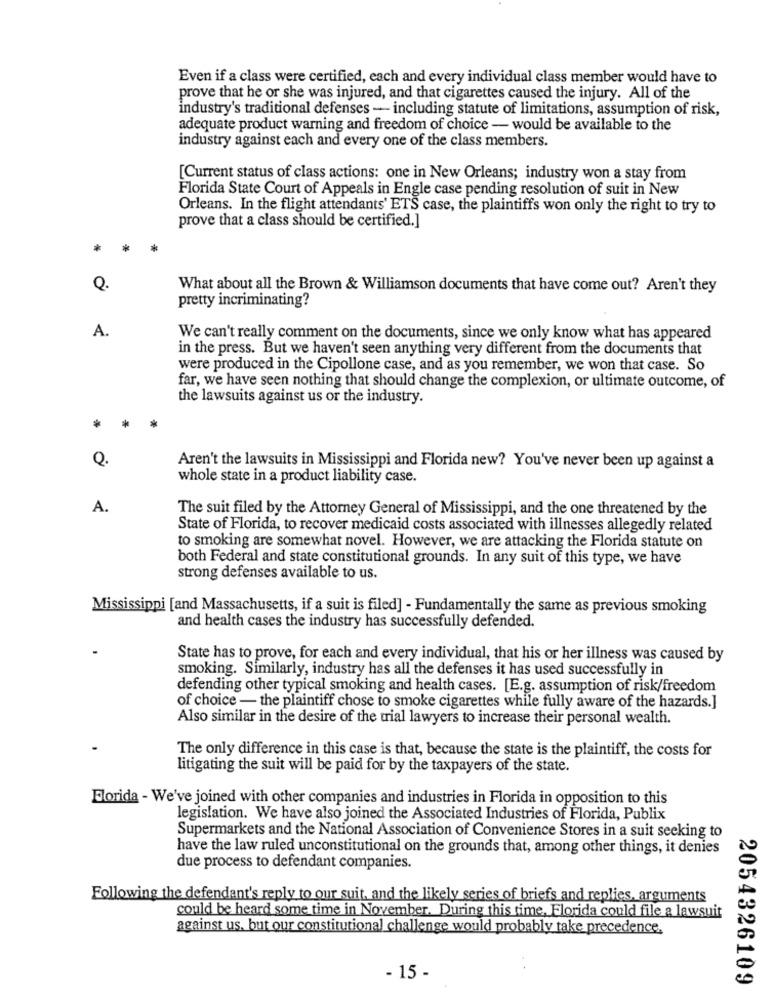
Even if a class were certified, each and every individual class member would have to
prove that he or she was injured, and that cigarettes caused the injury. All of the
industry's traditional defenses - including statute of limitations, assumption of risk,
adequate product warning and freedom of choice - would be available to the
industry against each and every one of the class members.
[Current status of class actions: one in New Orleans; industry won a stay from
Florida State Court of Appeals in Engle case pending resolution of suit in New
Orleans. In the flight attendants' ETS case, the plaintiffs won only the right to try to
prove that a class should be certified.]
*
*
Q.
What about all the Brown & Williamson documents that have come out? Aren't they
pretty incriminating?
A.
We can't really comment on the documents, since we only know what has appeared
in the press. But we haven't seen anything very different from the documents that
were produced in the Cipollone case, and as you remember, we won that case. So
far, we have seen nothing that should change the complexion, or ultimate outcome, of
the lawsuits against us or the industry.
*
*
Q.
Aren't the lawsuits in Mississippi and Florida new? You've never been up against a
whole state in a product liability case.
A.
The suit filed by the Attorney General of Mississippi, and the one threatened by the
State of Florida, to recover medicaid costs associated with illnesses allegedly related
to smoking are somewhat novel. However, we are attacking the Florida statute on
both Federal and state constitutional grounds. In any suit of this type, we have
strong defenses available to us.
Mississippi [and Massachusetts, if a suit is filed] - Fundamentally the same as previous smoking
and health cases the industry has successfully defended.
State has to prove, for each and every individual, that his or her illness was caused by
smoking. Similarly, industry has all the defenses it has used successfully in
defending other typical smoking and health cases. [E.g. assumption of risk/freedom
of choice - the plaintiff chose to smoke cigarettes while fully aware of the hazards.]
Also similar in the desire of the trial lawyers to increase their personal wealth.
The only difference in this case is that, because the state is the plaintiff, the costs for
litigating the suit will be paid for by the taxpayers of the state.
Florida - We've joined with other companies and industries in Florida in opposition to this
legislation. We have also joined the Associated Industries of Florida, Publix
Supermarkets and the National Association of Convenience Stores in a suit seeking to
have the law ruled unconstitutional on the grounds that, among other things, it denies
due process to defendant companies.
Following the defendant's reply to our suit, and the likely series of briefs and replies. arguments
could be heard some time in November. During this time, Florida could file a lawsuit
against us. but our constitutional challenge would probably take precedence.
- 15 -
2054326109